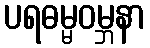
ပရဓမ္မဝမ္ဘနာ